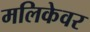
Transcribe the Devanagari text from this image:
मलिकेवर